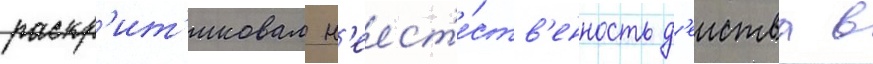
раскр'ит'иковал н'еест'е́ств'енность д'еиства в